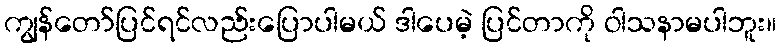
ကျွန်တော်ပြင်ရင်လည်းပြောပါမယ် ဒါပေမဲ့ ပြင်တာကို ဝါသနာမပါဘူး။